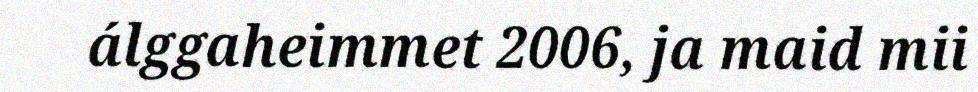
álggaheimmet 2006, ja maid mii